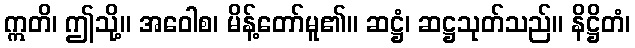
ဣတိ၊ ဤသို့။ အဝေါစ၊ မိန့်တော်မူ၏။ ဆဋ္ဌံ၊ ဆဋ္ဌသုတ်သည်။ နိဋ္ဌိတံ၊